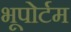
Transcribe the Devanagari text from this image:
भूपोर्टम